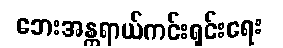
ဘေးအန္တရာယ်ကင်းရှင်းရေး